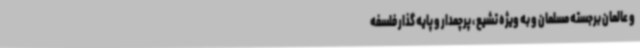
و عالمان برجسته مسلمان و به ویژه تشیع ، پرچمدار و پایه گذار فلسفه